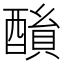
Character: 𨢖